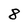
Character: 8